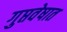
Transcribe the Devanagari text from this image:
गुप्तवेषात